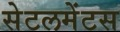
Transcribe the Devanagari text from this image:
सेटलमेंटस